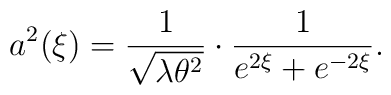
a^2(\xi) = \frac{1}{\sqrt{\lambda\theta^2}}\cdot\frac{1}{e^{2\xi}+e^{-2\xi}}.